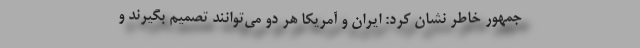
جمهور خاطر نشان کرد: ایران و آمریکا هر دو می‌توانند تصمیم بگیرند و